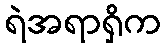
ရဲအရာရှိက